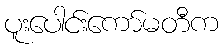
ပူးပေါင်းကော်မတီက